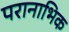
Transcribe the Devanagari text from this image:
परानाभिक